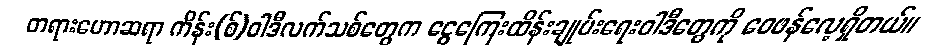
တရားဟောဆရာ ကိန်း(စ်)ဝါဒီလက်သစ်တွေက ငွေကြေးထိန်းချုပ်းရေးဝါဒီတွေကို ဝေဖန်လေ့ရှိတယ်။